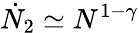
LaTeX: \dot{N}_{2}\simeq N^{1-\gamma}